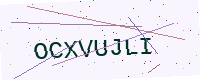
Text: OCXVUJLI